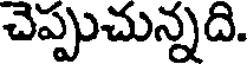
చెప్పుచున్నది.